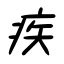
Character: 疾